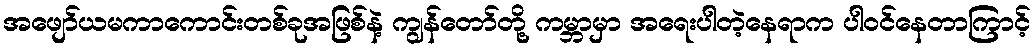
အဖျော်ယမကာကောင်းတစ်ခုအဖြစ်နဲ့ ကျွန်တော်တို့ ကမ္ဘာမှာ အရေးပါတဲ့နေရာက ပါဝင်နေတာကြာင့်